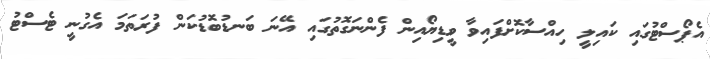
އެޕޯސްޓުގައި ކައިލީ ހިއްސާކޮށްފައިވާ ވީޑިޔޯއިން ފެންނަގޮތުގައި އޭނަ ބަނޑުބޮޑުކަން ފުރަތަމަ އެގުނީ ޓެސްޓު